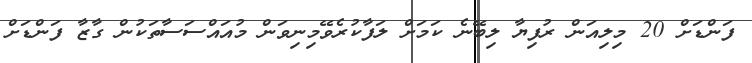
ފަންޑަށް 20 މިލިއަން ރުފިޔާ ލިބޭނެ ކަމަށް ލަފާކުރެވޭމިނިވަން މުއައްސަސާތަކުން ގާޒާ ފަންޑަށް